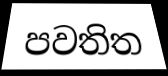
පවතිත